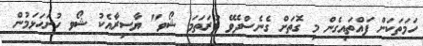
ހަމަތަކަށް ފައްތައިގެން މި ގޮތަށް ގެނެސްދެވޭ ފުރަތަމަ ޝޯވ" ޔާސިރާއެކު ޝޯވ ހުށަހަޅަމުން